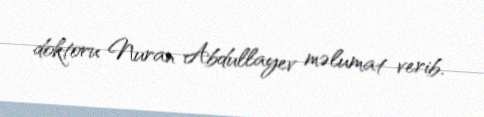
doktoru Nuran Abdullayev məlumat verib.